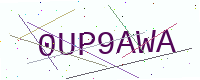
Text: 0UP9AWA